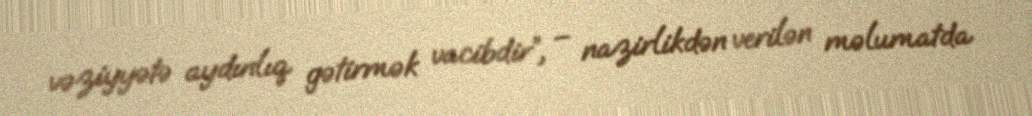
vəziyyətə aydınlıq gətirmək vacibdir”, – nazirlikdən verilən məlumatda